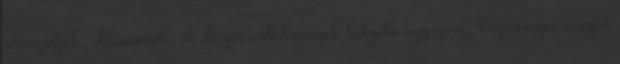
ábrázolják, eltüntették. A díszes ablaküvegek helyébe egyszerű, közönséges üveget